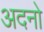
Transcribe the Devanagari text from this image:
अदनो